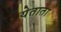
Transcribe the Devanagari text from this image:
येताता